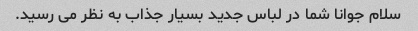
سلام جوانا شما در لباس جدید بسیار جذاب به نظر می رسید.